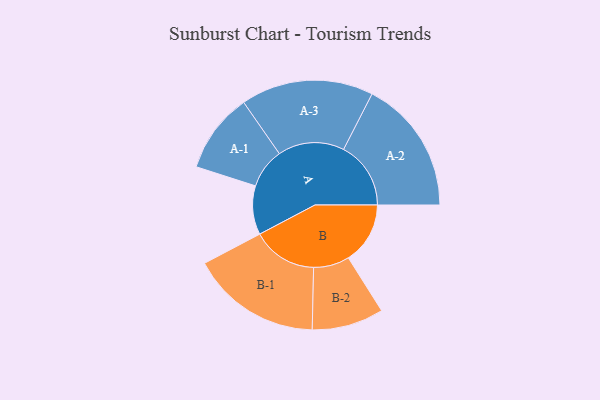
{"axis": {"x": "Segment", "y": "Value"}, "legend": ["", "A", "B"], "data": [{"x": "A", "y": 215, "type": ""}, {"x": "B", "y": 272, "type": ""}, {"x": "A-1", "y": 176, "type": "A"}, {"x": "A-2", "y": 296, "type": "A"}, {"x": "A-3", "y": 292, "type": "A"}, {"x": "B-1", "y": 287, "type": "B"}, {"x": "B-2", "y": 158, "type": "B"}]}